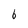
Character: 6